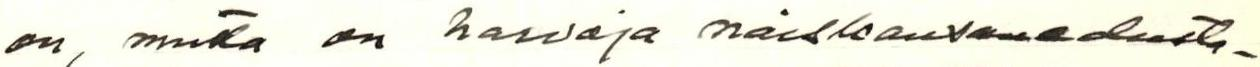
on, mutta on harvoja naiskansanedusta-